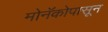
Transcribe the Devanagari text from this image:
मोनॅकोपासून